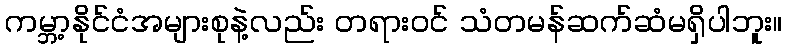
ကမ္ဘာ့နိုင်ငံအများစုနဲ့လည်း တရားဝင် သံတမန်ဆက်ဆံမရှိပါဘူး။